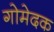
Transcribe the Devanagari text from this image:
गोमेदक